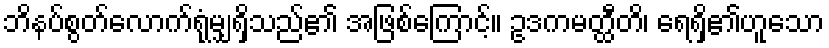
ဘိနပ်စွတ်လောက်ရုံမျှရှိသည်၏ အဖြစ်ကြောင့်။ ဥဒကမတ္ထီတိ၊ ရေရှိ၏ဟူသော